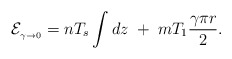
\begin{align*}{\cal E}_{{}_{\gamma\to 0}}=nT_s\int dz\; +\; mT_1\frac{\gamma\pi r}{2}.\end{align*}